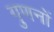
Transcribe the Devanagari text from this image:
गुणनों